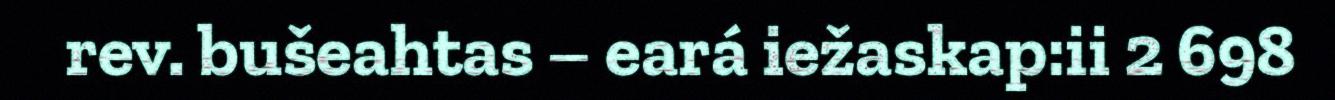
rev. bušeahtas – eará iežaskap:ii 2 698